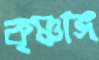
কৃষ্ণাঙ্গ